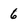
Character: 6